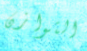
التوازن